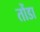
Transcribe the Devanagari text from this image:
तोंडा